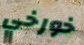
خورخي